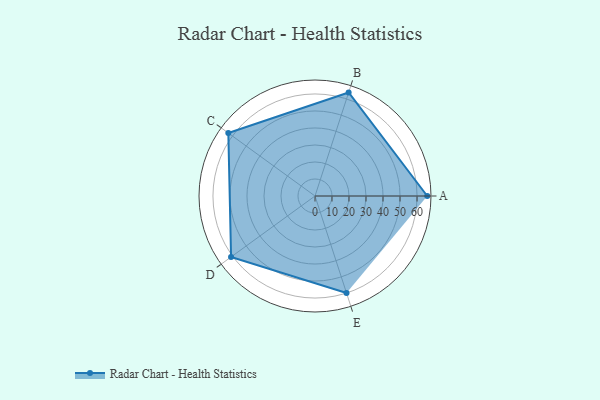
{"axis": {"x": "Skill", "y": "Score"}, "legend": ["Profile"], "data": [{"x": "A", "y": 66.0, "type": "Profile"}, {"x": "B", "y": 64.0, "type": "Profile"}, {"x": "C", "y": 63.0, "type": "Profile"}, {"x": "D", "y": 61.0, "type": "Profile"}, {"x": "E", "y": 60.0, "type": "Profile"}]}